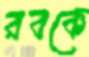
রবকে